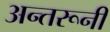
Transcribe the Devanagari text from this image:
अन्तरूनी